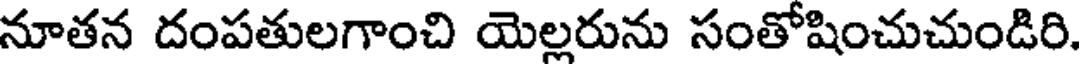
నూతన దంపతులగాంచి యెల్లరును సంతోషించుచుండిరి